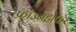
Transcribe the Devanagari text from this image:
फ्रॉउनहोफर